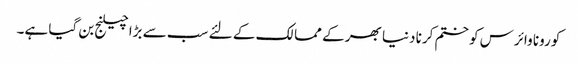
کورونا وائرس کو ختم کرنا دنیا بھر کے ممالک کے لئے سب سے بڑا چیلنج بن گیا ہے۔